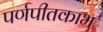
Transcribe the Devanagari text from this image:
पर्णपीतकाभ